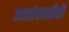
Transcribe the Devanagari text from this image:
अशांसाठीही